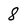
Character: 8